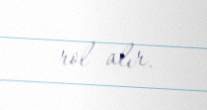
rol alır.